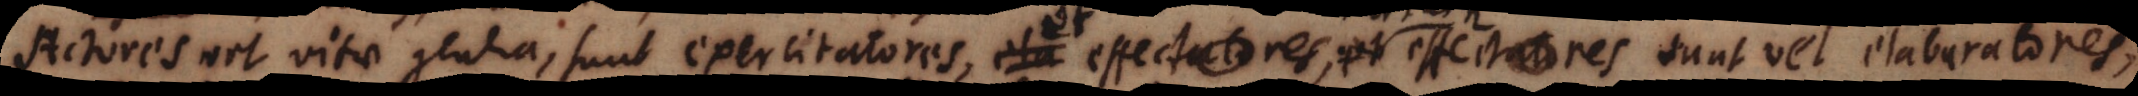
Actores vel vitae genera, sunt exercitatores, ela effectatores, et effectatores et effectores,